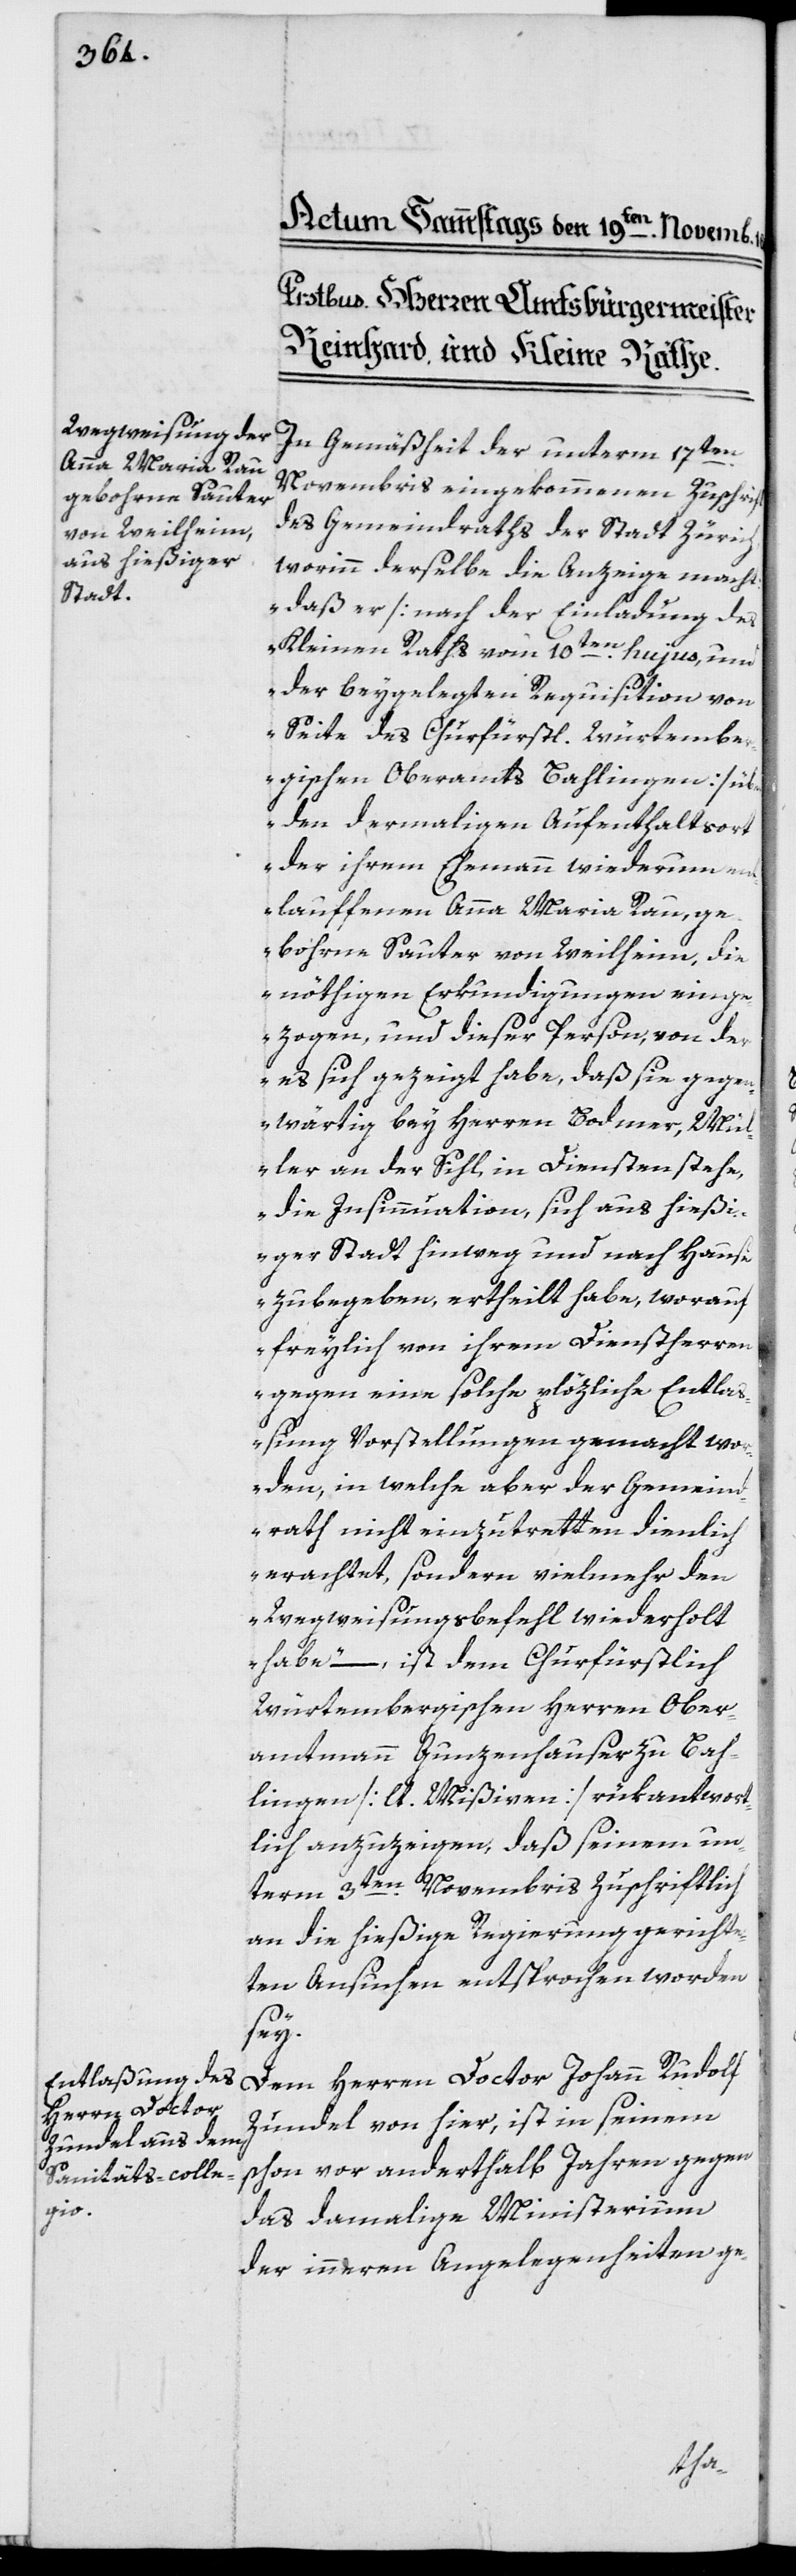
In Gemässheit der unterm 17ten
Novembris eingekommenen Zuschrift
des Gemeindraths der Stadt Zürich,
worinn derselbe die Anzeige macht:
„daß er [nach der Einladung des
Kleinen Raths vom 10ten hujus, und
der beygelegten Requisition von
Seite des Churfürstl. Würtembe¬
rgischen Oberamts Bahlingen] über
den dermaligen Aufenthaltsort
der ihrem Ehemann wiederum ent¬
lauffenen Anna Maria Rau, ge¬
bohrene Sauter von Weilheim, die
nöthigen Erkundigungen einge¬
zogen, und dieser Person, von der
es sich gezeigt habe, daß sie gege¬
nwärtig bey Herren Bodmer, Mül¬
ler an der Sihl, in Diensten stehe,
die Insinnuation, sich aus hießi¬
ger Stadt hinweg und nach Hause
zu begeben, ertheilt habe, worauf
freylich von ihrem Dienstherren
gegen eine solche plözliche Entla¬
ßung Vorstellungen gemacht wo¬
rden, in welche aber der Gemeind¬
rath nicht einzutretten dienlich
erachtet, sondern vielmehr den
Wegweisungsbefehl wiederholt
habe“ – ist dem Churfürstlich
Würtembergischen Herren Ober¬
amtmann Gunzenhauser zu Bah¬
lingen [lt. Mißiven] rükantwort¬
lich anzuzeigen, daß seinen un¬
term 3ten Novembris zuschriftlich
an die hießige Regierung gerichte¬
ten Ansuchen entsprochen worden
sey.
Dem Herren Doctor Johann Rudolf
Zundel von hier, ist in seinem
schon vor anderthalb Jahren gegen
das damalige Ministerium
der inneren Angelegenheiten ge-